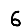
Digit: 6